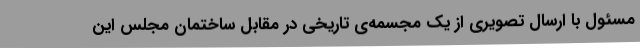
مسئول با ارسال تصویری از یک مجسمه‌ی تاریخی در مقابل ساختمان مجلس این